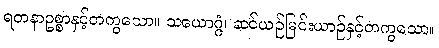
ရတနာဥစ္စာနှင့်တကွသော။ သယောဂ္ဂံ၊ ဆင်ယဉ်မြင်းယာဉ်နှင့်တကွသော။